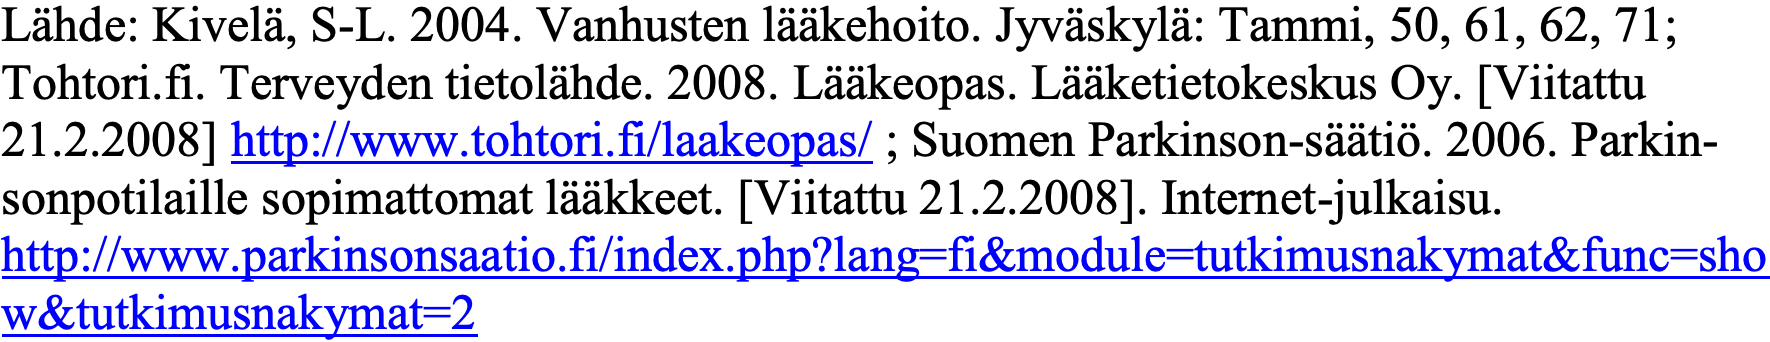
Lähde: Kivelä, S-L. 2004. Vanhusten lääkehoito. Jyväskylä: Tammi, 50, 61, 62, 71; Tohtori.fi. Terveyden tietolähde. 2008. Lääkeopas. Lääketietokeskus Oy. [Viitattu 21.2.2008] http://www.tohtori.fi/laakeopas/ ; Suomen Parkinson-säätiö. 2006. Parkin- sonpotilaille sopimattomat lääkkeet. [Viitattu 21.2.2008]. Internet-julkaisu. http://www.parkinsonsaatio.fi/index.php?lang=fi&module=tutkimusnakymat&func=sho w&tutkimusnakymat=2